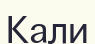
Кали